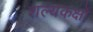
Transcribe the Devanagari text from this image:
शल्यकक्षों